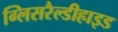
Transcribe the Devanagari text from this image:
ग्लिसरैल्डीहाइड